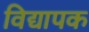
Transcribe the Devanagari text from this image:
विद्यापक